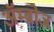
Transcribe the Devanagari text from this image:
अॅम्ब्रोज